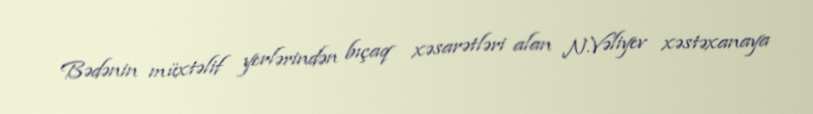
Bədənin müxtəlif yerlərindən bıçaq xəsarətləri alan N.Vəliyev xəstəxanaya